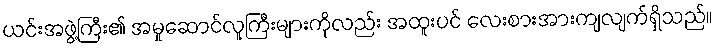
ယင်းအဖွဲ့ကြီး၏ အမှုဆောင်လူကြီးများကိုလည်း အထူးပင် လေးစားအားကျလျက်ရှိသည်။